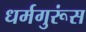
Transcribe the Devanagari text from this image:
धर्मगुरूंस